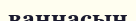
ваннасын